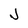
Character: J